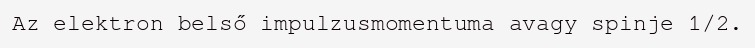
Az elektron belső impulzusmomentuma avagy spinje 1/2.